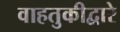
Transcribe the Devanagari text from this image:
वाहतुकीद्वारे